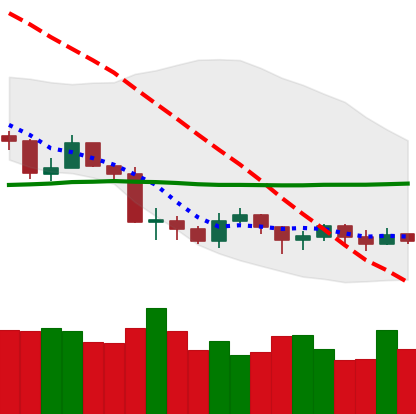
Ticker: LTC-USD
Chart end date: 2019-08-27
Forward return: -9.187%
Label: down_7plus